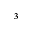
^ 3